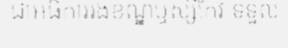
ជាអធិការរងខណ្ឌឬស្សីកែវ ទទួល